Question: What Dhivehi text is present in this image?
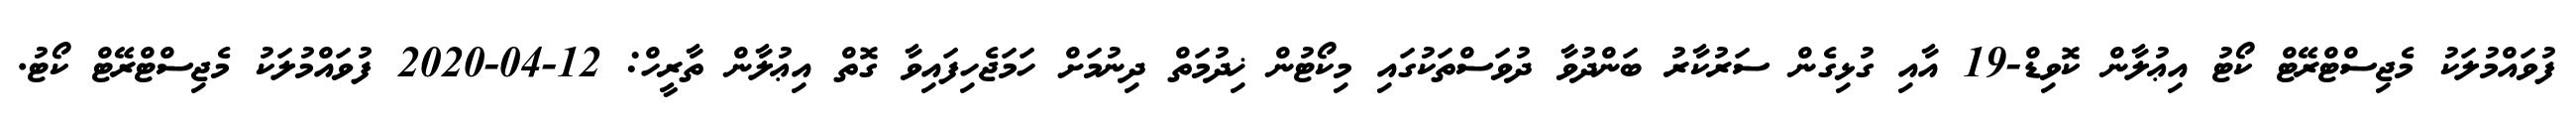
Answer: ފުވައްމުލަކު މެޖިސްޓްރޭޓް ކޯޓު އިޢުލާން ކޮވިޑް-19 އާއި ގުޅިގެން ސަރުކާރު ބަންދުވާ ދުވަސްތަކުގައި މިކޯޓުން ޚިދުމަތް ދިނުމަށް ހަމަޖެހިފައިވާ ގޮތް އިޢުލާން ތާރީހް: 12-04-2020 ފުވައްމުލަކު މެޖިސްޓްރޭޓް ކޯޓު.